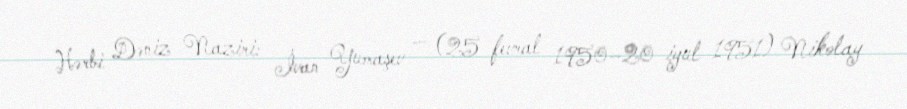
Hərbi Dəniz Naziri: İvan Yumaşev — (25 fevral 1950–20 iyul 1951) Nikolay